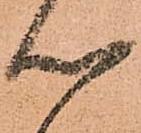
心